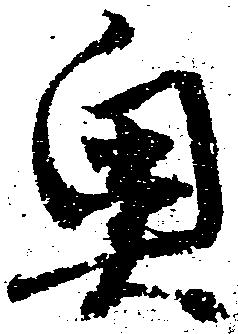
奥